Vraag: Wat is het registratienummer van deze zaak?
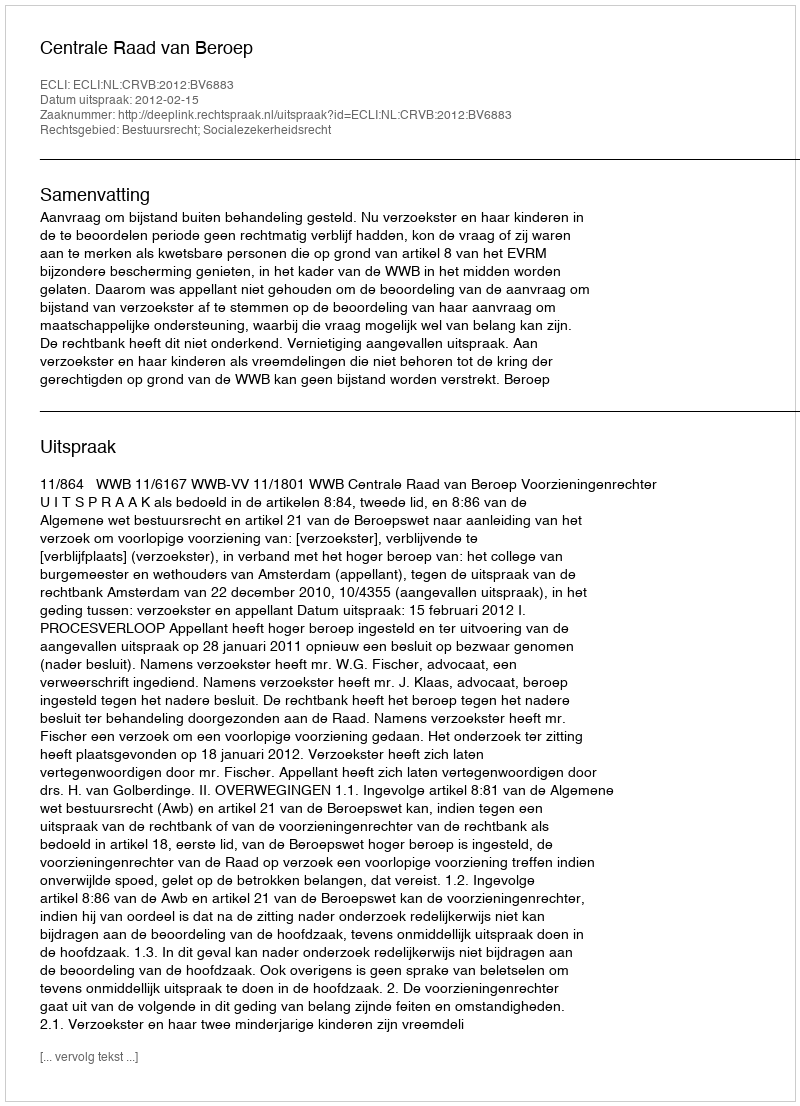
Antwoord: http://deeplink.rechtspraak.nl/uitspraak?id=ECLI:NL:CRVB:2012:BV6883